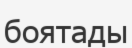
боятады